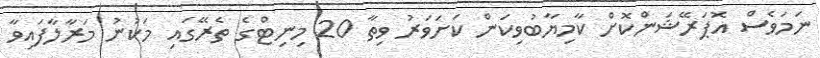
ނަމަވެސް އޮޕަރޭޝަންކޮށް ކާމިޔާބުވިކަން ކަށަވަރު ވިތާ 20 މިނިޓްގެ ތެރޭގައި މަކުނު މަރާލާފައިވާ